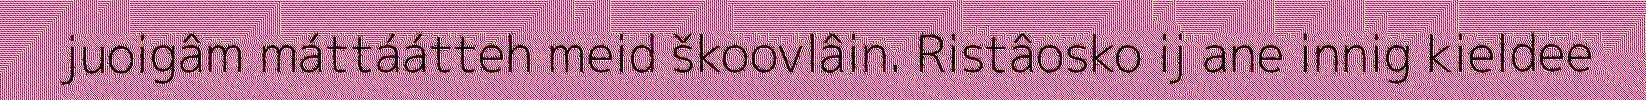
juoigâm máttáátteh meid škoovlâin. Ristâosko ij ane innig kieldee